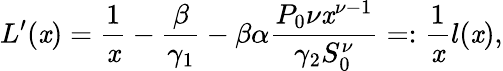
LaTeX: L^{\prime}(\mathit{x})=\frac{1}{\mathit{x}}-\frac{{\beta}}{{\gamma_{1}}}-\beta\alpha\frac{{P_{0}\nu\mathit{x}^{\nu-1}}}{{\gamma_{2}S_{0}^{\nu}}}=:\frac{{1}}{{\mathit{x}}}l(\mathit{x}),